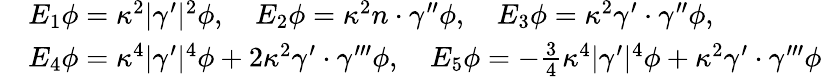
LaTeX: \begin{array}{rl}&{E_{1}\phi=\kappa^{2}|\gamma^{\prime}|^{2}\phi,\quad E_{2}\phi=\kappa^{2}n\cdot\gamma^{\prime\prime}\phi,\quad E_{3}\phi=\kappa^{2}\gamma^{\prime}\cdot\gamma^{\prime\prime}\phi,}\\ &{E_{4}\phi=\kappa^{4}|\gamma^{\prime}|^{4}\phi+2\kappa^{2}\gamma^{\prime}\cdot\gamma^{\prime\prime\prime}\phi,\quad E_{5}\phi=-\frac{3}{4}\kappa^{4}|\gamma^{\prime}|^{4}\phi+\kappa^{2}\gamma^{\prime}\cdot\gamma^{\prime\prime\prime}\phi}\end{array}